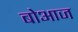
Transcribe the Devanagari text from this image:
बोआज